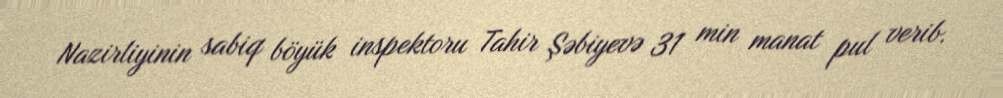
Nazirliyinin sabiq böyük inspektoru Tahir Şəbiyevə 31 min manat pul verib.